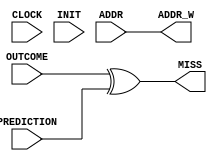
module comparator (
    input CLOCK,
    input INIT,
    input OUTCOME,
    input [2:0] ADDR,
    input PREDICTION,
    output wire [2:0] ADDR_W,
    output wire MISS
);

assign ADDR_W = ADDR;

assign MISS = OUTCOME ^ PREDICTION;

endmodule